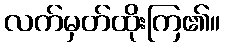
လက်မှတ်ထိုးကြ၏။